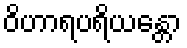
ဝိဟာရပရိယန္တော